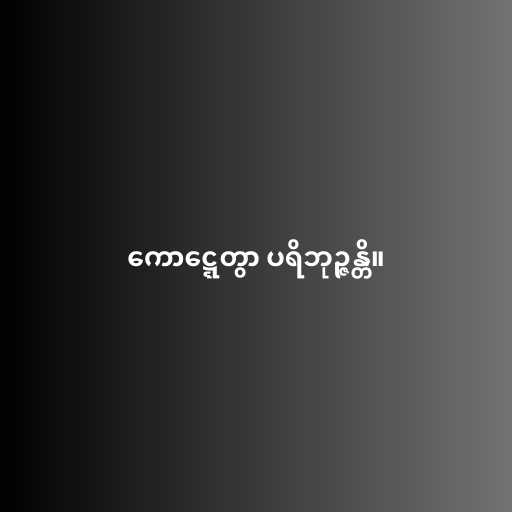
ကောဋ္ဋေတွာ ပရိဘုဉ္ဇန္တိ။